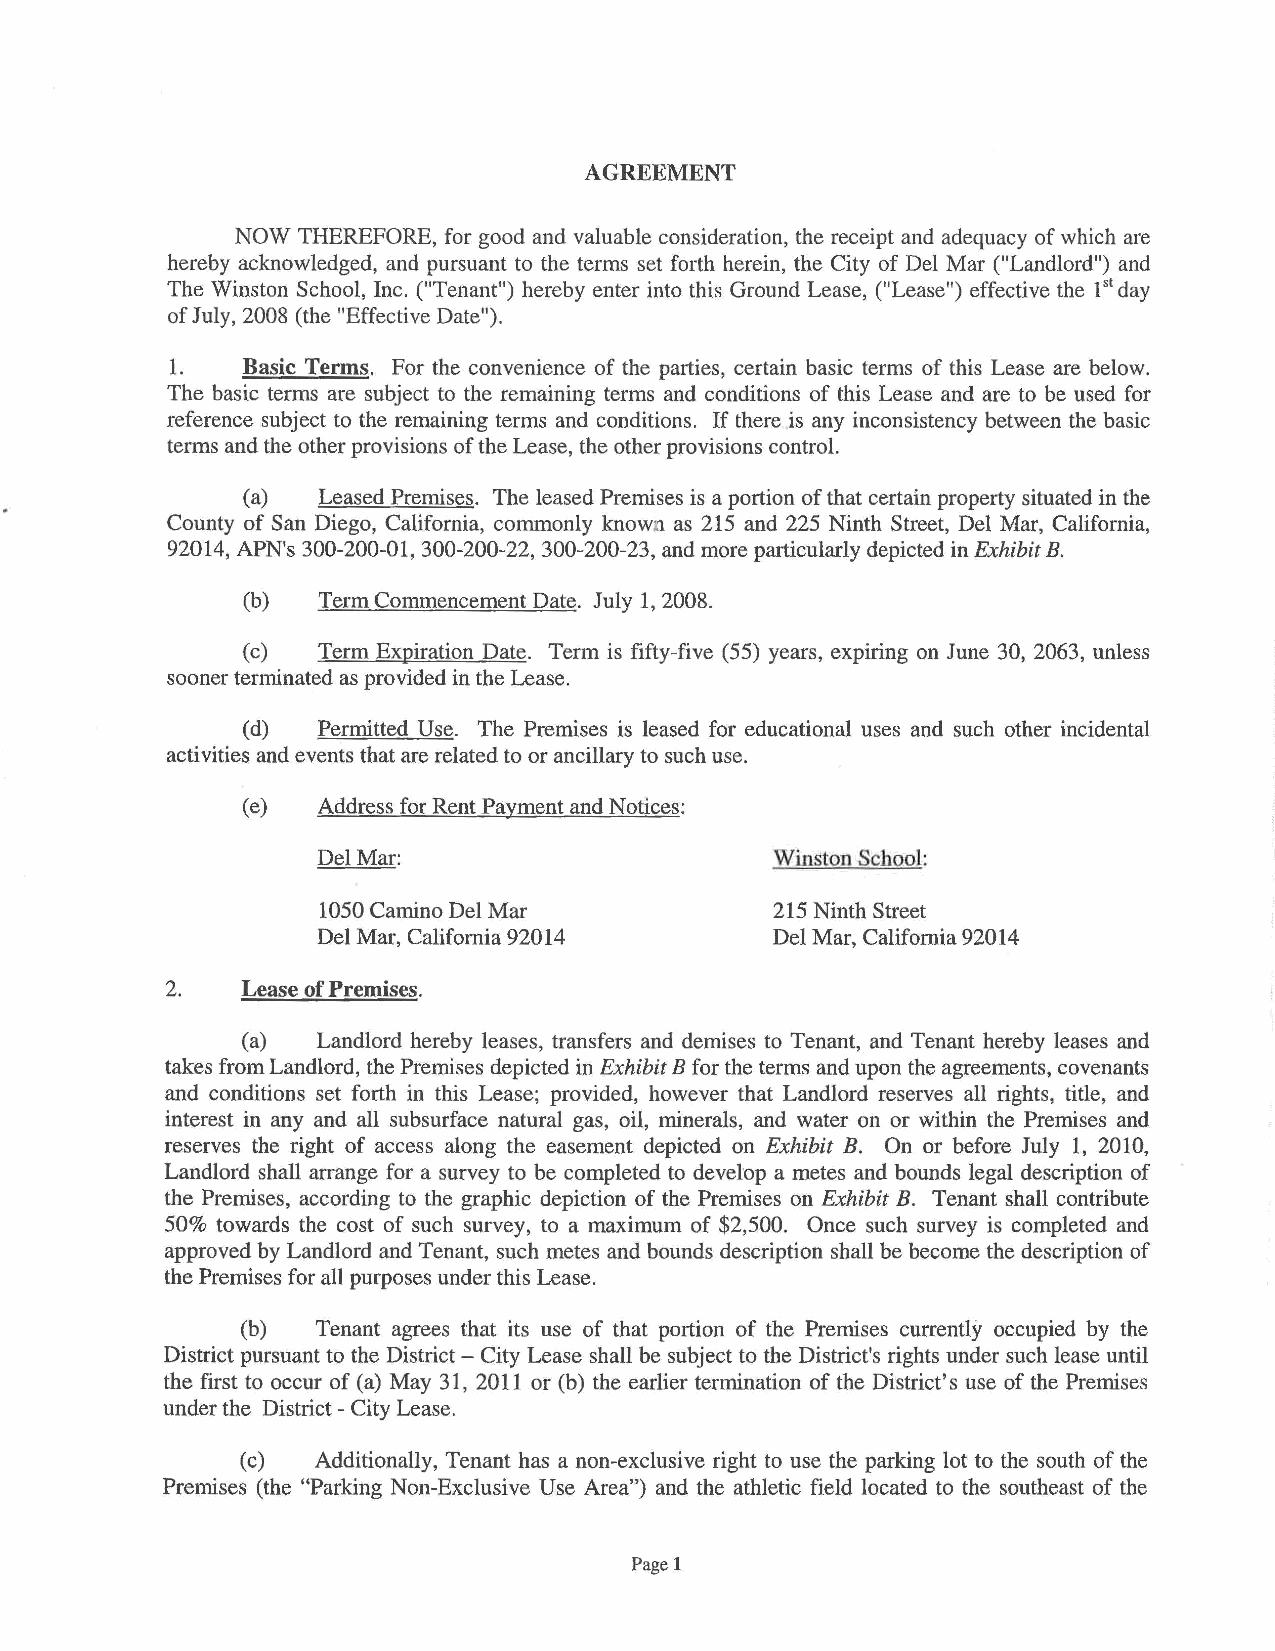
AGREEMENT
 NOW THEREFORE, for good and valuable consideration, the receipt and adequacy of which are
 hereby acknowledged, and pursuant to the terms set forth herein, the City of Del Mar ("Landlord") and
 The Winston School, Inc. ("Tenant") hereby enter into this Ground Lease, ("Lease") effective the 1st day
 of July, 2008 (the "Effective Date").
 1.   Basic Terms. For the convenience of the parties, certain basic terms of this Lease are below.
 The basic terms are subject to the remaining terms and conditions of this Lease and are to be used for
 reference subject to the remaining terms and conditions. If there is any inconsistency between the basic
 terms and the other provisions of the Lease, the other provisions control.
 (a)  Leased Premises. The leased Premises is a portion of that certain property situated in the
 County of San Diego, California, commonly knowin as 215 and 225 Ninth Street, Del Mar, California,
 92014, APN's 300-200-01, 300-200-22, 300-200-23, and more particularly depicted in Exhibit B.
 (b)  Term Commencement Date. July 1, 2008.
 (c)  Term Expiration Date. Term is fifty-five (55) years, expiring on June 30, 2063, unless
 sooner terminated as provided in the Lease.
 ( d) Permitted Use. The Premises is leased for educational uses and such other incidental
 activities and events that are related to or ancillary to such use.
 (e)  Address for Rent Payment and Notices:
 Del Mar:                      Winston School:
 1050 Camino Del Mar           215 Ninth Street
 Del Mar, California 92014     Del Mar, California 92014
 2.   Lease of Premises.
 (a)  Landlord hereby leases, transfers and demises to Tenant, and Tenant hereby leases and
 takes from Landlord, the Premises depicted in Exhibit B for the terms and upon the agreements, covenants
 and conditions set forth in this Lease; provided, however that Landlord reserves all rights, title, and
 interest in any and all subsurface natural gas, oil, minerals, and water on or within the Premises and
 reserves the right of access along the easement depicted on Exhibit B. On or before July 1, 2010,
 Landlord shall arrange for a survey to be completed to develop a metes and bounds legal description of
 the Premises, according to the graphic depiction of the Premises on Exhibit B. Tenant shall contribute
 50% towards the cost of such survey, to a maximum of $2,500. Once such survey is completed and
 approved by Landlord and Tenant, such metes and bounds description shall be become the description of
 the Premises for all purposes under this Lease.
 (b)  Tenant agrees that its use of that portion of the Premises currently occupied by the
 District pursuant to the District - City Lease shall be subject to the District's rights under such lease until
 the first to occur of (a ) May 31, 2011 or (b) the earlier termination of the District's use of the Premises
 under the District -City Lease.
 (c)  Additionally, Tenant has a non-exclusive right to use the parking lot to the south of the
 Premises (the "Parking Non-Exclusive Use Area") and the athletic field located to the southeast of the
 Page 1